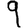
Digit: 9